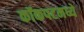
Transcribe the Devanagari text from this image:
कॉकपटमध्ये